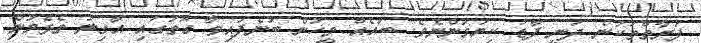
ފަރާތްތަކުން ދަނީ ފާޑު ކިޔަމުންނެވެ. ބައެއް މީހުން ބުނެފައިވާ ގޮތުގައި އާގިލު ތެޅެމުން